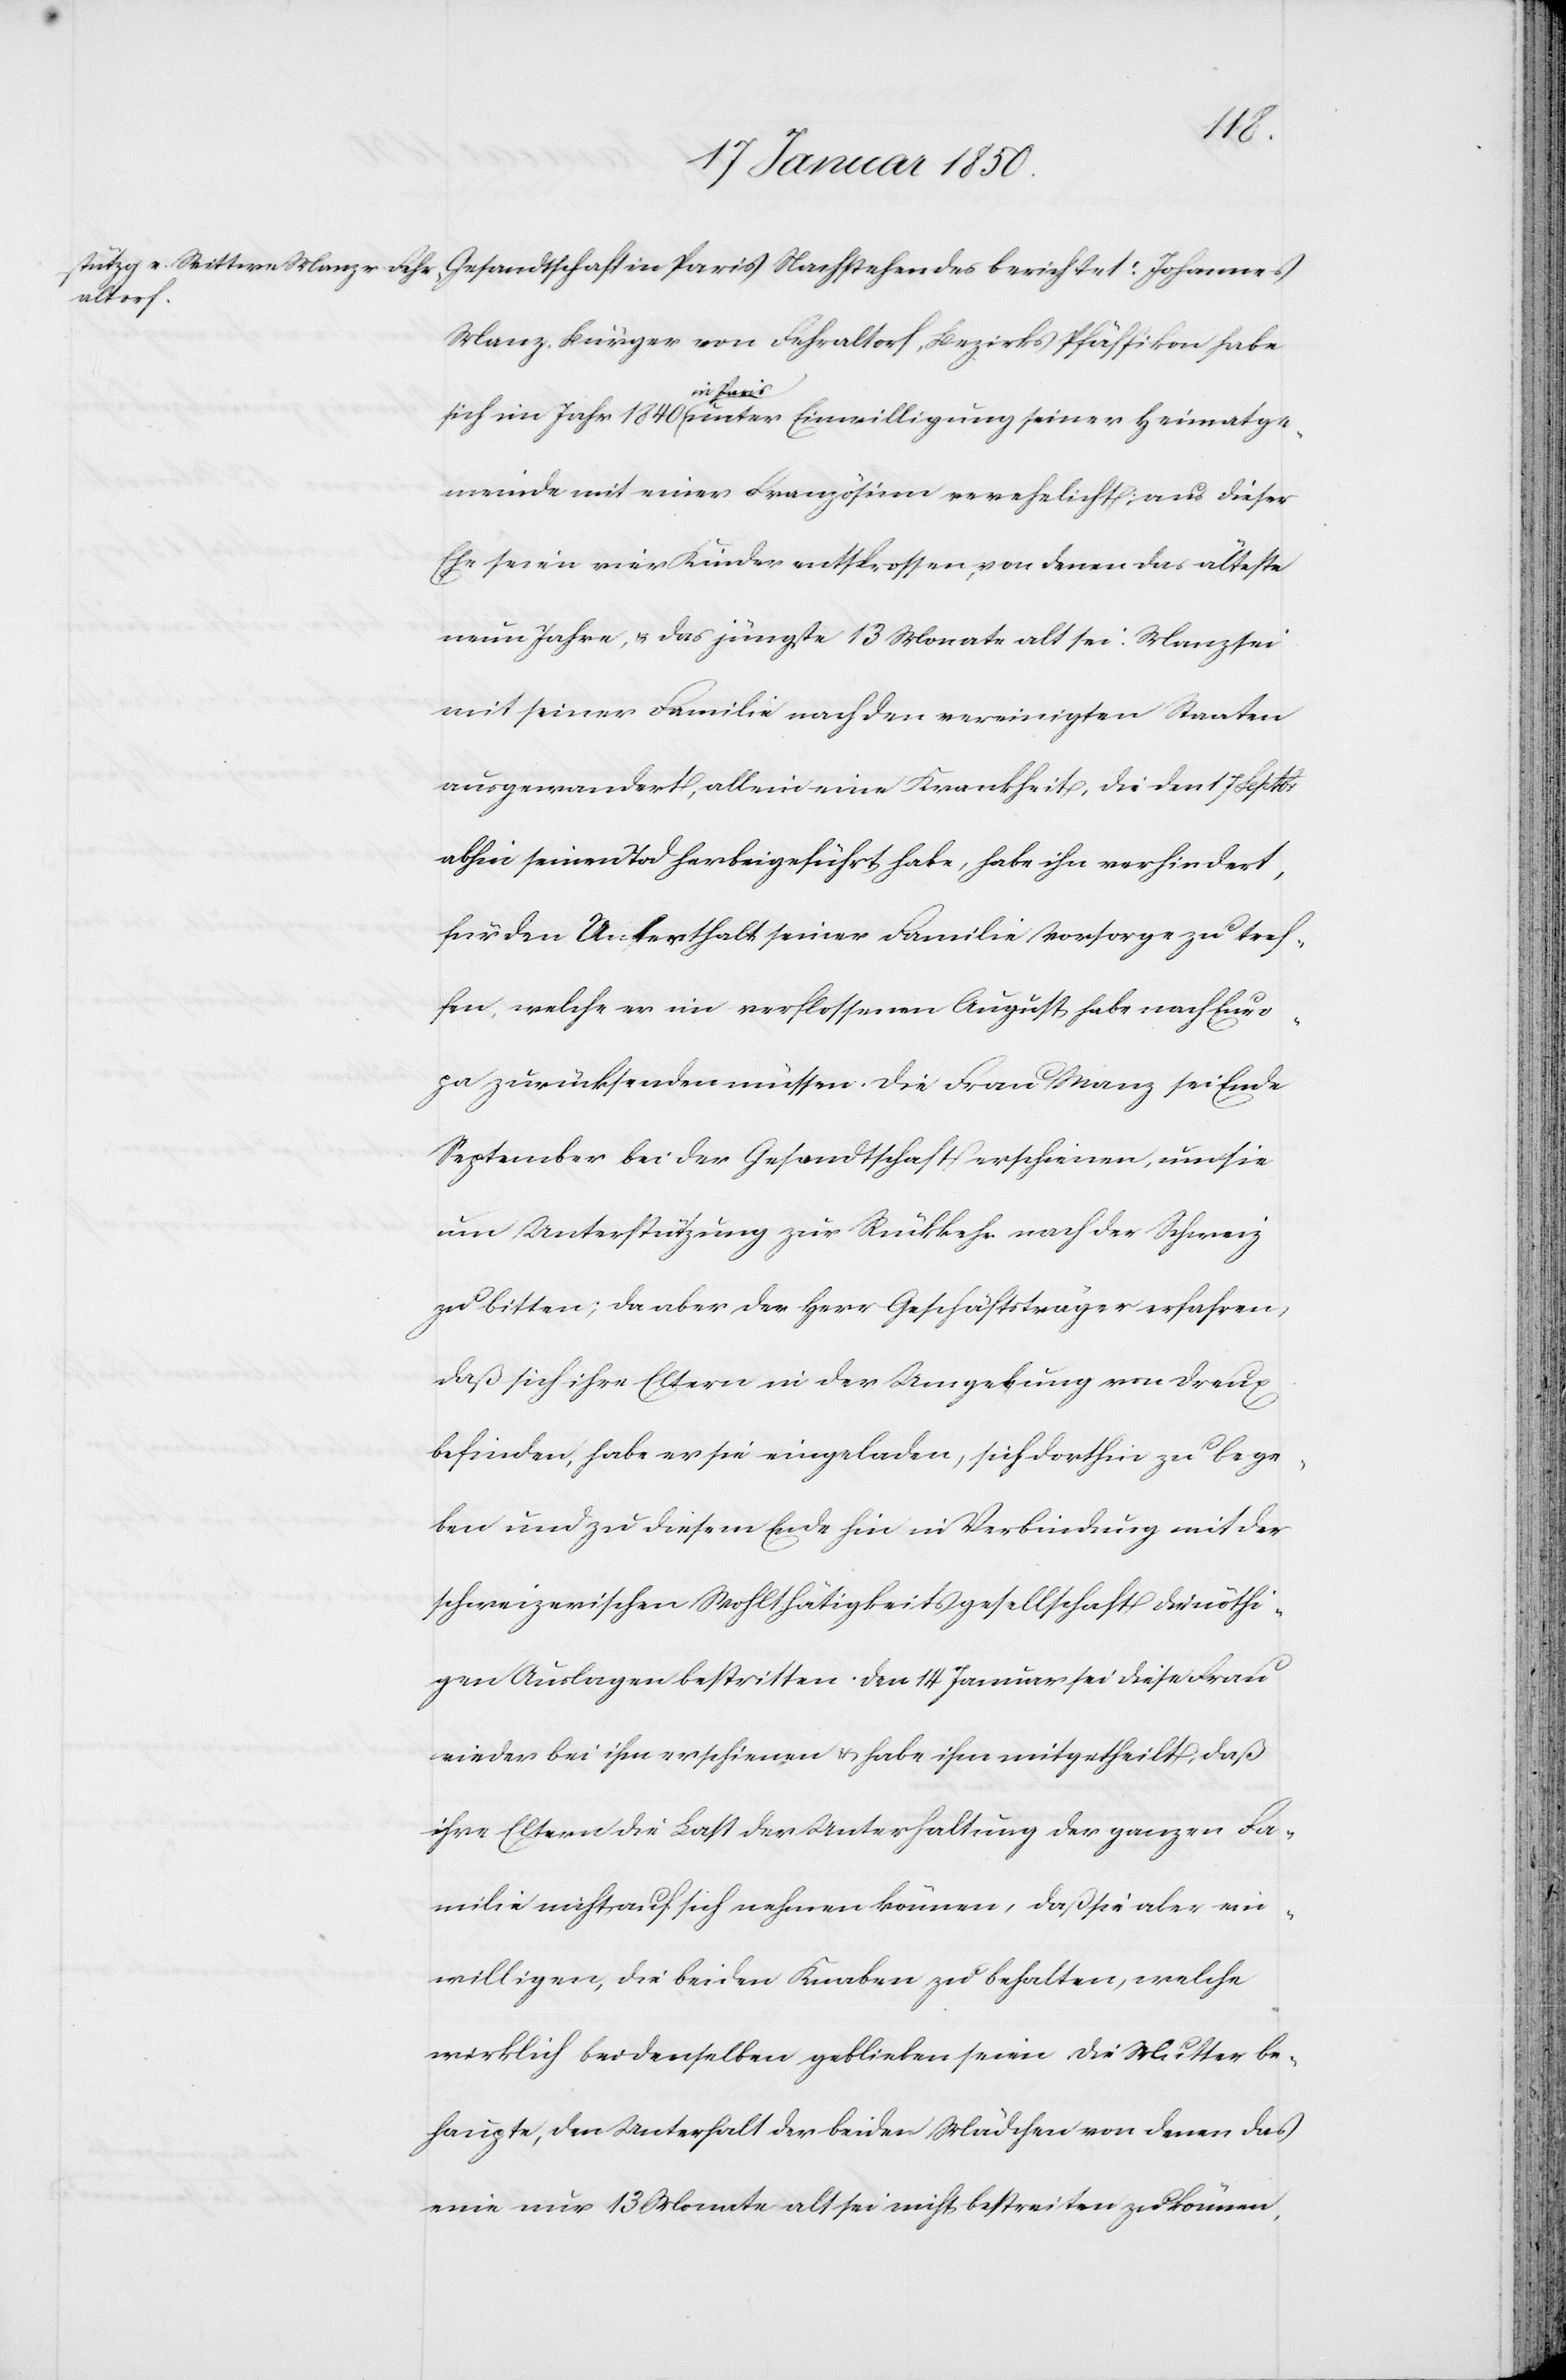
Manz, Bürger von Fehraltorf, Bezirks Pfäffikon habe
Johannes
sich im Jahr 1840 in Paris unter Einwilligung seiner Heimatge¬
meinde mit einer Französinn verehelicht; aus dieser
Ehe seien vier Kinder entsprossen, von denen das älteste
neun Jahre, u. das jüngste 13 Monate alt sei. Manz sei
mit seiner Familie nach den vereinigten Staaten
ausgewandert, allein eine Krankheit, die den 17 Septbr
abhin seinen Tod herbeigeführt habe, habe ihn verhindert,
für den Unterthalt [sic!] seiner Familie Vorsorge zu tref¬
fen, welche er im verflossenen August habe nach Euro¬
pa zurücksenden müssen. Die Frau Manz sei Ende
September bei der Gesandtschaft erschienen, um sie
um Unterstützung zur Rükkehr nach der Schweiz
zu bitten; da aber der Herr Geschäftsträger erfahren,
daß sich ihre Eltern in der Umgebung von Dreux
befinden, habe er sie eingeladen, sich dorthin zu bege¬
ben und zu diesem Ende hin in Verbindung mit der
schweizerischen Wohlthätigkeitsgesellschaft die nöthi¬
gen Auslagen bestritten. Den 14 Januar sei diese Frau
wieder bei ihm erschienen u. habe ihm mitgetheilt, daß
ihre Eltern die Last der Unterhaltung der ganzen Fa¬
milie nicht auf sich nehmen können, daß sie aber ein¬
willigen, die beiden Knaben zu behalten, welche
wirklich bei denselben geblieben seien. Die Mutter be¬
haupte, den Unterhalt der beiden Mädchen von denen das
eine nur 13 Monate alt sei nicht bestreiten zu können,